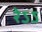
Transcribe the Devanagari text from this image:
रेऽऽ